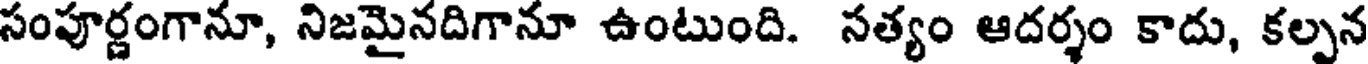
సంపూర్ణంగానూ, నిజమైనదిగానూ ఉంటుంది. సత్యం ఆదర్శం కాదు, కల్పన